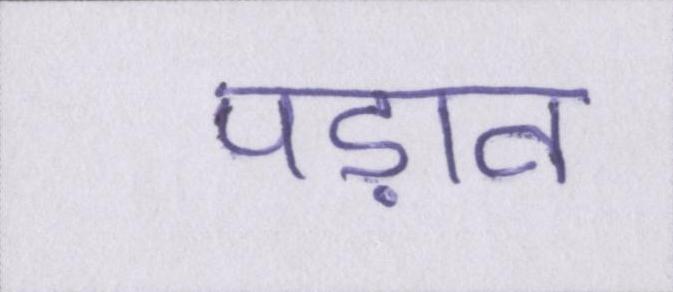
पड़ाव